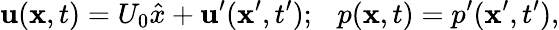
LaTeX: {\mathbf u}({\mathbf x},t)=U_{0}\hat{x}+{\mathbf u^{\prime}}({\mathbf x^{\prime}},t^{\prime});~~~p({\mathbf x},t)=p^{\prime}({\mathbf x^{\prime}},t^{\prime}),